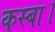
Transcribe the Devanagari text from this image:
कस्बा।